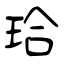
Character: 珨